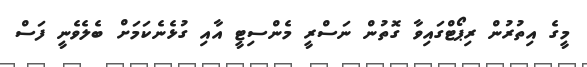
މީގެ އިތުރުން ރިޕޯޓްގައިވާ ގޮތުން ނަސްރީ މެންސިޓީ އާއި ގުޅެނެކަމަށް ބެލެވެނީ ފަސް